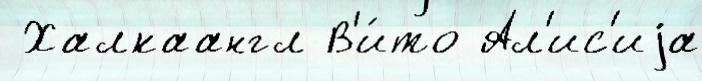
 Халкаангл В'и́то Ал'ис'иjа